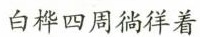
白桦四周徜徉着